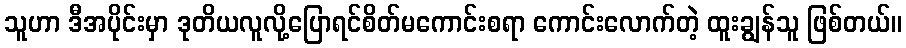
သူဟာ ဒီအပိုင်းမှာ ဒုတိယလူလို့ပြောရင်စိတ်မကောင်းစရာ ကောင်းလောက်တဲ့ ထူးချွန်သူ ဖြစ်တယ်။